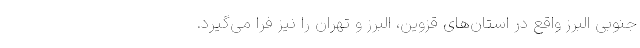
جنوبی البرز واقع در استان‌های قزوین، البرز و تهران را نیز فرا می‌گیرد.